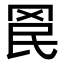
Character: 𮊄